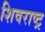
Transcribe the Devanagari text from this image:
शिवराष्ट्र